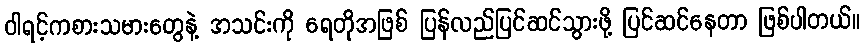
ဝါရင့်ကစားသမားတွေနဲ့ အသင်းကို ရေတိုအဖြစ် ပြန်လည်ပြင်ဆင်သွားဖို့ ပြင်ဆင်နေတာ ဖြစ်ပါတယ်။